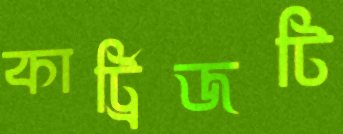
কার্ট্রিজটি